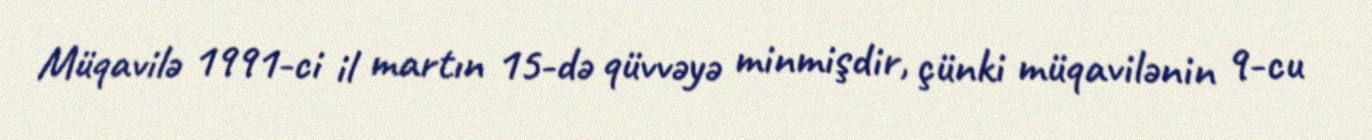
Müqavilə 1991-ci il martın 15-də qüvvəyə minmişdir, çünki müqavilənin 9-cu